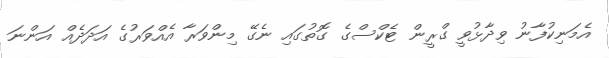
އެމަނިކުފާނު ވިދާޅުވީ ގްރީން ޓެކްސްގެ ގޮތުގައި ނެގޭ މިންވަރާ އެއްވަރުގެ އަދަދެއް އަންނަ